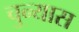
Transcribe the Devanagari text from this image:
चुन्यास